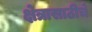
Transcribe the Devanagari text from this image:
क्षेत्रासाठीचे